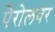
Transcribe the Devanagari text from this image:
पेरोलवर